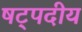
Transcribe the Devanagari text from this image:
षट्पदीय